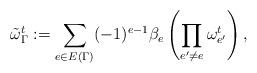
LaTeX: \begin{align*}\tilde \omega^t_\Gamma := \sum_{e\in E(\Gamma)}(-1)^{e-1} \beta_e \left(\prod_{e'\neq e}\omega^t_{e'}\right),\end{align*}